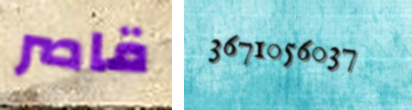
قاصر 3671056037